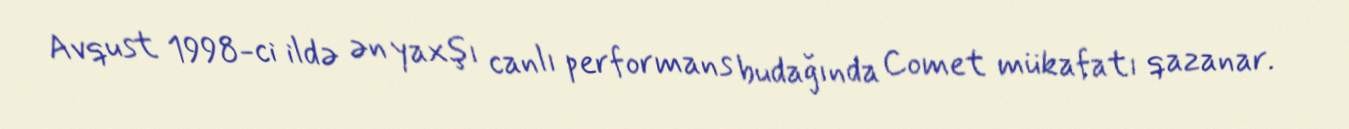
Avqust 1998-ci ildə ən yaxşı canlı performans budağında Comet mükafatı qazanar.